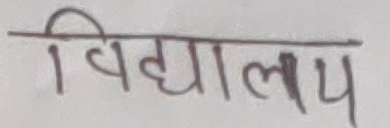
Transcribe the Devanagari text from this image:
विद्यालय